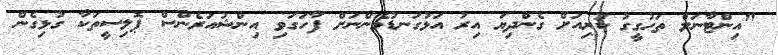
"އިންޓާނަލް ތަހުގީގު ކުރިއަށް ގެންދިޔަ އިރު އަޅުގަނޑުމެންނަށް ފާހަގަވި އިންޝުއަރެންސް ޕޮލިސީތަކާ ގުޅިގެން